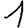
Digit: 1